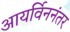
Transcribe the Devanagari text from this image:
आयर्विननंतर